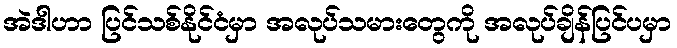
အဲဒါဟာ ပြင်သစ်နိုင်ငံမှာ အလုပ်သမားတွေကို အလုပ်ချိန်ပြင်ပမှာ